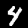
Digit: 4